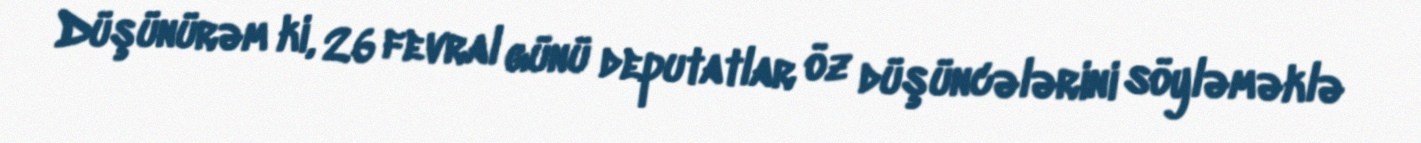
Düşünürəm ki, 26 fevral günü deputatlar öz düşüncələrini söyləməklə